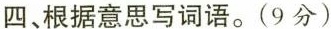
四、根据意思写词语。(9分)